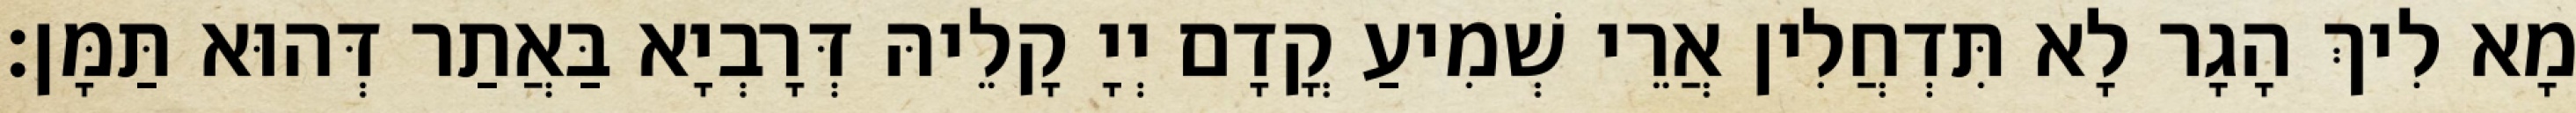
מָא לִיךְ הָגָר לָא תִּדְחֲלִין אֲרֵי שְׁמִיעַ קֳדָם יְיָ קָלֵיהּ דְּרָבְיָא בַּאֲתַר דְּהוּא תַּמָּן׃